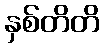
နှစ်တိတိ